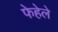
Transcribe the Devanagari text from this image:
फेहेले